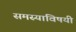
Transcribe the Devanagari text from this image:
समस्यांविषयी